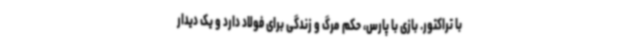
با تراکتور. بازی با پارس، حکم مرگ و زندگی برای فولاد دارد و یک دیدار